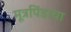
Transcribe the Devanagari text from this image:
मूत्रपिंडाचा